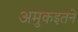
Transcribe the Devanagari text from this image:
अमुकइतने